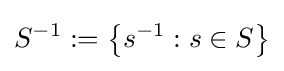
S^{-1}:=\left\{s^{-1}:s\in S\right\}